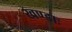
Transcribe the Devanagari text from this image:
खण्डाः